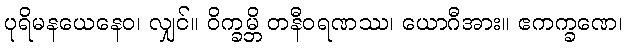
ပုရိမနယေနေဝ၊ လျှင်။ ဝိက္ခမ္ဘိ တနီဝရဏဿ၊ ယောဂီအား။ ဧကက္ခဏေ၊